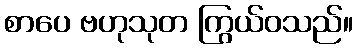
စာပေ ဗဟုသုတ ကြွယ်ဝသည်။